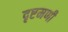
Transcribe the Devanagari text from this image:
दृष्टमणी